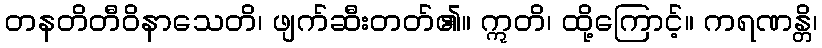
တနတိတီဝိနာသေတိ၊ ဖျက်ဆီးတတ်၏။ ဣတိ၊ ထို့ကြောင့်။ ကရဏန္တိ၊